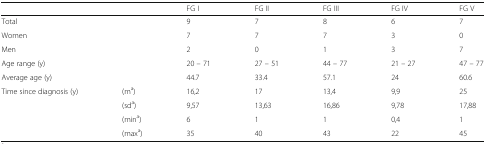
| <COLSPAN=2>  | FG I | FG II | FG III | FG IV | FG V |
 | --- | --- | --- | --- | --- | --- | --- |
 | <COLSPAN=2> Total | 9 | 7 | 8 | 6 | 7 |
 | <COLSPAN=2> Women | 7 | 7 | 7 | 3 | 0 |
 | <COLSPAN=2> Men | 2 | 0 | 1 | 3 | 7 |
 | <COLSPAN=2> Age range (y) | 20 – 71 | 27 – 51 | 44 – 77 | 21 – 27 | 47 – 77 |
 | <COLSPAN=2> Average age (y) | 44.7 | 33.4 | 57.1 | 24 | 60.6 |
 | <ROWSPAN=4> Time since diagnosis (y) | (ma) | 16,2 | 17 | 13,4 | 9,9 | 25 |
 | (sda) | 9,57 | 13,63 | 16,86 | 9,78 | 17,88 |
 | (mina) | 6 | 1 | 1 | 0,4 | 1 |
 | (maxa) | 35 | 40 | 43 | 22 | 45 |